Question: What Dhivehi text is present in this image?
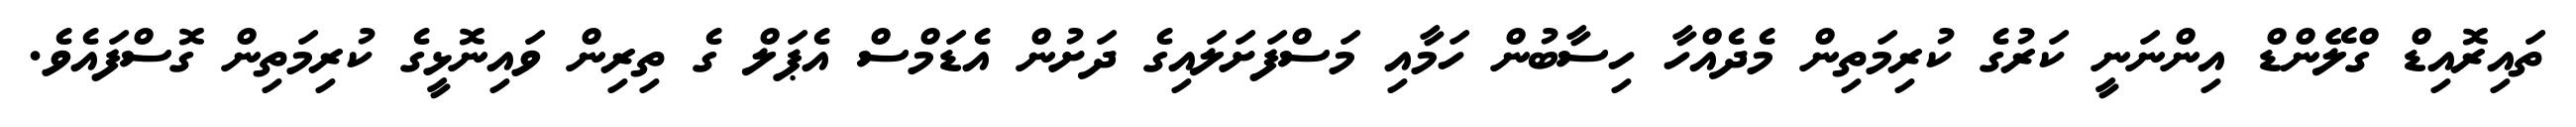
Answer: ތައިރޮއިޑް ގްލޭންޑް އިންނަނީ ކަރުގެ ކުރިމަތިން މެދެއްހާ ހިސާބުން ހަމާއި މަސްފަށަލައިގެ ދަށުން އެޑަމްސް އެޕަލް ގެ ތިރިން ވައިނޮޅީގެ ކުރިމަތިން ގޮސްފައެވެ.